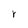
Character: r